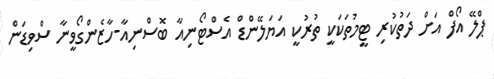
ޕްލޭ އޯފް އަށް ދަތުކުރި ޓީމުތަކަކީ ތުރުކީ އަޔަލޭންޑް އެސްޓޯނިއާ ބޮސްނިއާ-ހާޒެންގޯވީނާ ސްވިޑަން